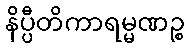
နိပ္ပီတိကာရမ္မဏဉ္စ